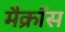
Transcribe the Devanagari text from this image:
मैक्रॉस